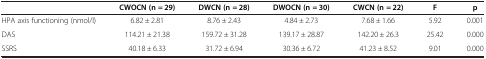
|  | CWOCN (n = 29) | DWCN (n = 28) | DWOCN (n = 30) | CWCN (n = 22) | F | p |
 | --- | --- | --- | --- | --- | --- | --- |
 | HPA axis functioning (nmol/l) | 6.82 ± 2.81 | 8.76 ± 2.43 | 4.84 ± 2.73 | 7.68 ± 1.66 | 5.92 | 0.001 |
 | DAS | 114.21 ± 21.38 | 159.72 ± 31.28 | 139.17 ± 28.87 | 142.20 ± 26.3 | 25.42 | 0.000 |
 | SSRS | 40.18 ± 6.33 | 31.72 ± 6.94 | 30.36 ± 6.72 | 41.23 ± 8.52 | 9.01 | 0.000 |